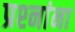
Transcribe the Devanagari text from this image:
प्रश्‍नांना